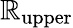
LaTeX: \mathbb{R}_{\mathrm{{upper}}}